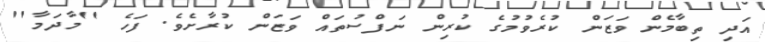
އަދި ތިބާމެން ވަޒަން ކުރެވުމުގެ ކުރިން ނަފްސުތައް ވަޒަން ކުރާށެވެ. ފަހެ ''މާދަމާ''